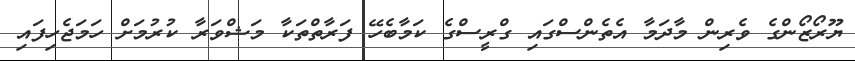
ޔޫރޯޒޯންގެ ވެރިން މާދަމާ އެތެންސްގައި ގްރީސްގެ ކަމާބެހޭ ފަރާތްތަކާ މަޝްވަރާ ކުރުމަށް ހަމަޖެހިފައި